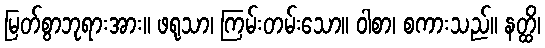
မြတ်စွာဘုရားအား။ ဖရုသာ၊ ကြမ်းတမ်းသော။ ဝါစာ၊ စကားသည်။ နတ္ထိ၊